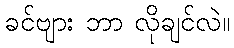
ခင်ဗျား ဘာ လိုချင်လဲ။